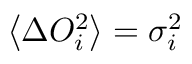
\left\langle \Delta O _ { i } ^ { 2 } \right\rangle = \sigma _ { i } ^ { 2 }